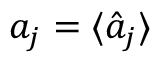
a _ { j } = \langle { \hat { a } _ { j } } \rangle